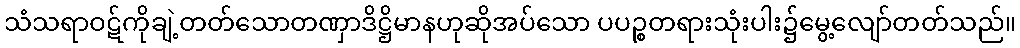
သံသရာဝဋ်ကိုချဲ့တတ်သောတဏှာဒိဋ္ဌိမာနဟုဆိုအပ်သော ပပဉ္စတရားသုံးပါး၌မွေ့လျော်တတ်သည်။